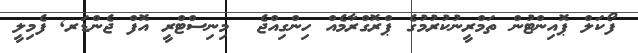
ފޯކަލް ޕޮއިންޓުން ތަމްރީނުކުރުމުގެ ޕްރޮގްރާމެއް ހިންގިއްޖެ  މިނިސްޓްރީ އޮފް ޖެންޑަރ